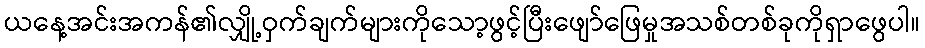
ယနေ့အင်းအကန်၏လျှို့ဝှက်ချက်များကိုသော့ဖွင့်ပြီးဖျော်ဖြေမှုအသစ်တစ်ခုကိုရှာဖွေပါ။